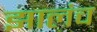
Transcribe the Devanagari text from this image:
झालंच